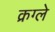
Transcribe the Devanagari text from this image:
क्रग्ले